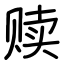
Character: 赎